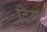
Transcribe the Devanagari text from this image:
टिग